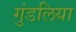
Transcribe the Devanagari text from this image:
गुंडलिया